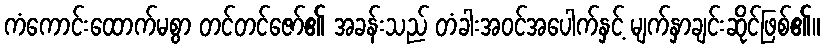
ကံကောင်းထောက်မစွာ တင်တင်ဇော်၏ အခန်းသည် တံခါးအဝင်အပေါက်နှင့် မျက်နှာချင်းဆိုင်ဖြစ်၏။